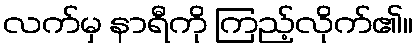
လက်မှ နာရီကို ကြည့်လိုက်၏။